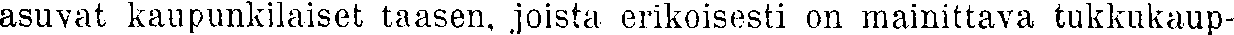
asuvat kaupunkilaiset taasen, joista erikoisesti on mainittava tukkukaup-